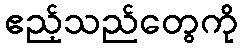
ဧည့်သည်တွေကို